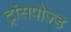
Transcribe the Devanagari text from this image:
ट्रांसपोज्ड